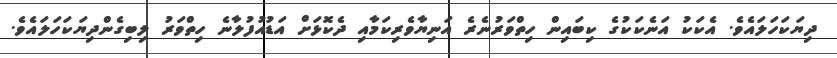
ދިޔަކަހަލައެވެ. އެކަކު އަނެކަކުގެ ކިބައިން ހިތްވަރުނެރެ އަނިޔާވެރިކަމާއި ދެކޮޅަށް އަޑުއުފުލާނެ ހިތްވަރު ލިބިގެންދިޔަކަހަލައެވެ.